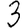
Digit: 3